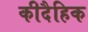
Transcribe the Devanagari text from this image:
कीदैहिक